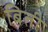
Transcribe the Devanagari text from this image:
बिती